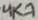
Text: 4K7